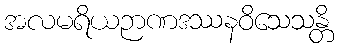
အလမရိယဉာဏဒဿနဝိသေသန္တိ